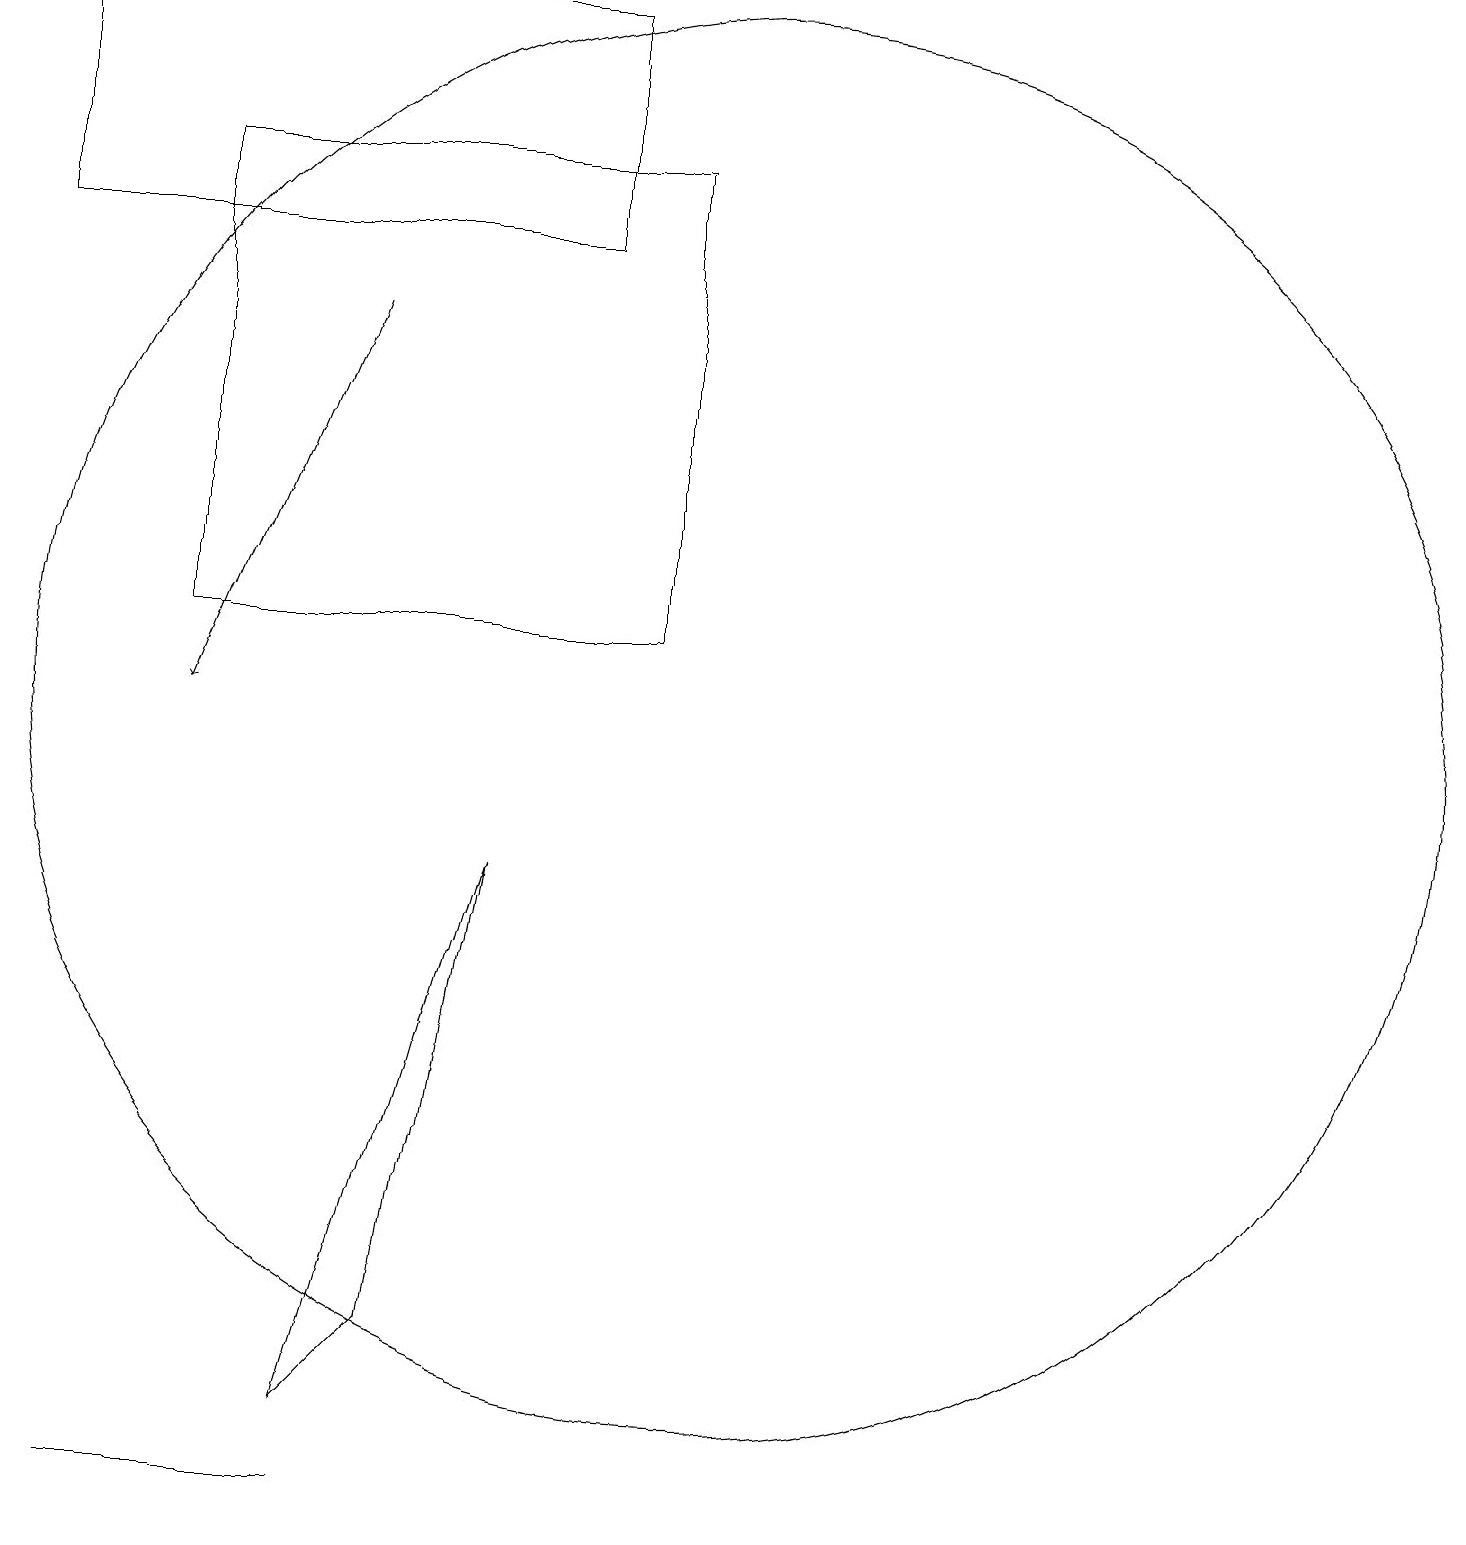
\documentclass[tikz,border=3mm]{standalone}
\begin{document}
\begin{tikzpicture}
\draw (2,0) -- (5,0) -- (2,0) -- cycle;
\draw[->] (5,15) -- (3,10);
\draw (8,16) rectangle (1,19);
\draw (10,10) circle (9);
\draw (7,8) -- (6,2) -- (5,1) -- cycle;
\draw (9,11) rectangle (3,17);
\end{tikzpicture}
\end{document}